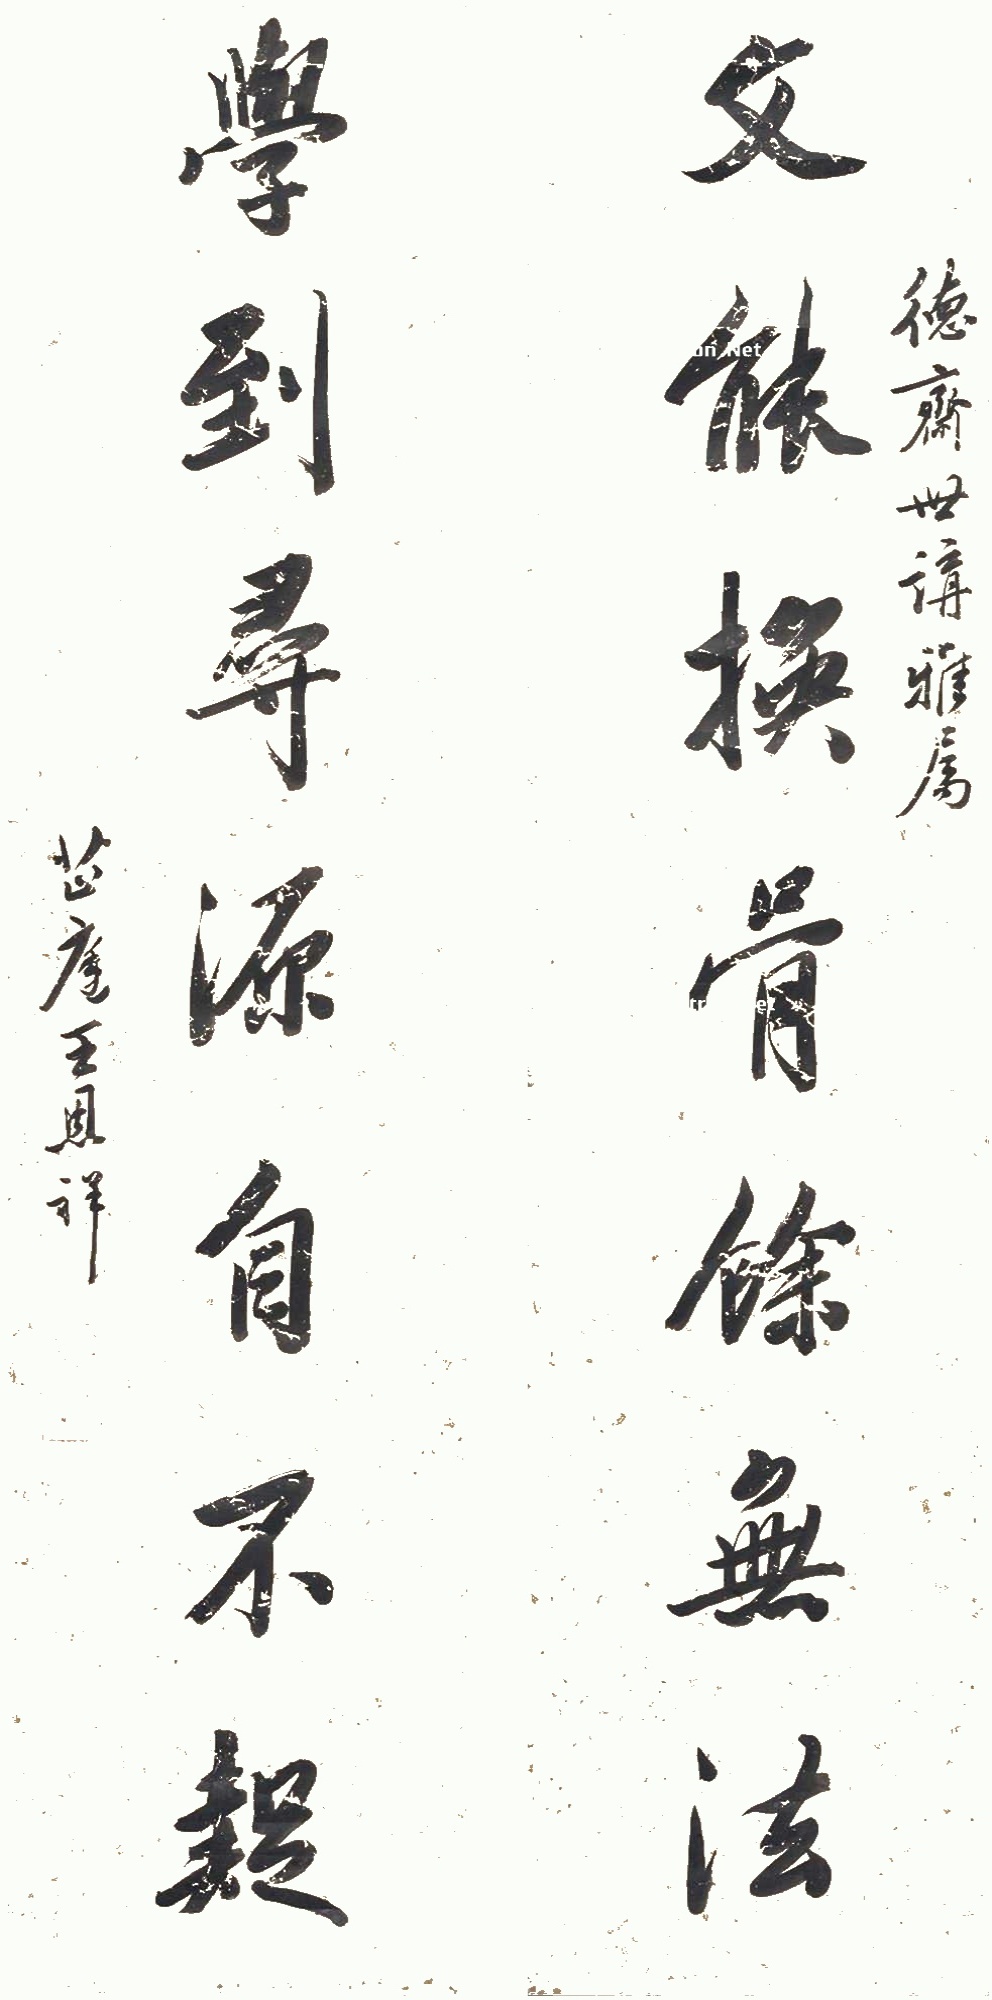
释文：文能换骨余无法，学到寻源自不疑。德斋世讲雅属，芷庭王恩祥。